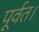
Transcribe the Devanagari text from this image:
पूर्वत।